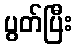
ပွတ်ပြီး